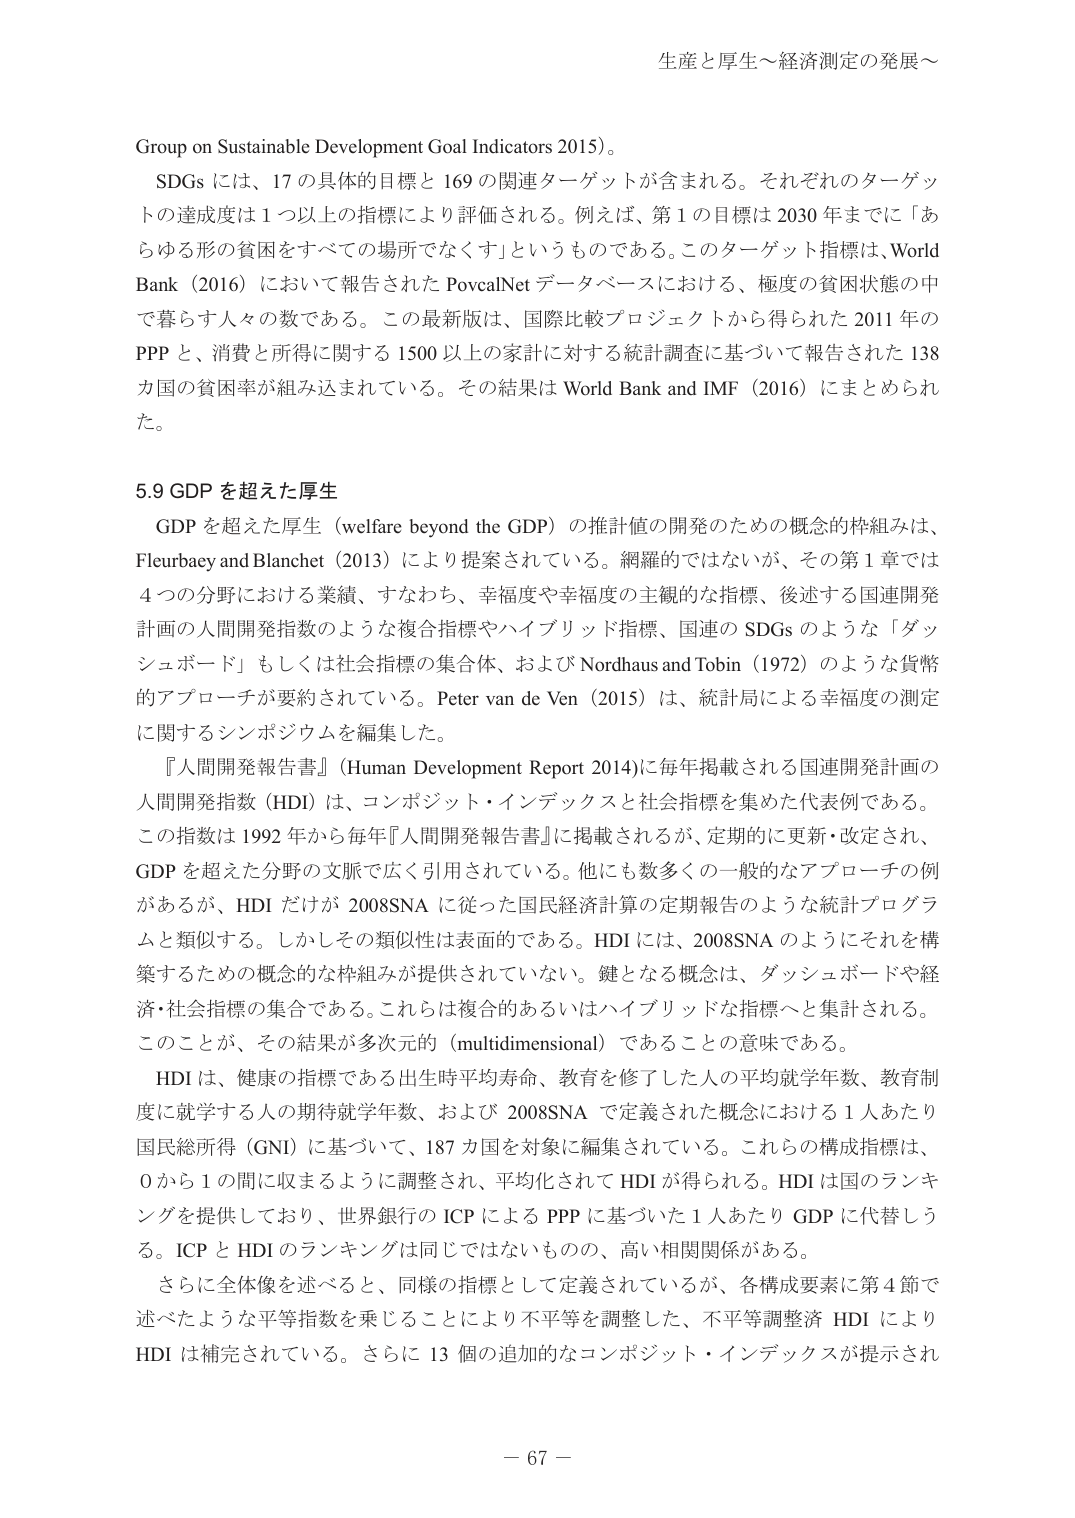
生産と厚生～経済測定の発展～

Group on Sustainable Development Goal Indicators 2015）。

SDGs には、17 の具体的目標と 169 の関連ターゲットが含まれる。それぞれのターゲットの達成度は 1 つ以上の指標により評価される。例えば、第 1 の目標は 2030 年までに「あらゆる形の貧困をすべての場所でなくす」というものである。このターゲット指標は、World Bank（2016）において報告された PovcalNet データベースにおける、極度の貧困状態の中で暮らす人々の数である。この最新版は、国際比較プロジェクトから得られた 2011 年の PPP と、消費と所得に関する 1500 以上の家計に対する統計調査に基づいて報告された 138 カ国の貧困率が組み込まれている。その結果は World Bank and IMF（2016）にまとめられた。

5.9 GDP を超えた厚生

GDP を超えた厚生（welfare beyond the GDP）の推計値の開発のための概念的枠組みは、Fleurbaey and Blanchet（2013）により提案されている。網羅的ではないが、その第 1 章では 4 つの分野における業績、すなわち、幸福度や幸福度の主観的な指標、後述する国連開発計画の人間開発指数のような複合指標やハイブリッド指標、国連の SDGs のような「ダッシュボード」もしくは社会指標の集合体、および Nordhaus and Tobin（1972）のような貨幣的アプローチが要約されている。Peter van de Ven（2015）は、統計局による幸福度の測定に関するシンポジウムを編集した。

『人間開発報告書』（Human Development Report 2014）に毎年掲載される国連開発計画の人間開発指数（HDI）は、コンポジット・インデックスと社会指標を集めた代表例である。この指数は 1992 年から毎年『人間開発報告書』に掲載されるが、定期的に更新・改定され、GDP を超えた分野の文脈で広く引用されている。他にも数多くの一般的なアプローチの例があるが、HDI だけが 2008SNA に従った国民経済計算の定期報告のような統計プログラムと類似する。しかしその類似性は表面的である。HDI には、2008SNA のようにそれを構築するための概念的な枠組みが提供されていない。鍵となる概念は、ダッシュボードや経済・社会指標の集合である。これらは複合的あるいはハイブリッドな指標へと集計される。このことが、その結果が多次元的（multidimensional）であることの意味である。

HDI は、健康の指標である出生時平均寿命、教育を修了した人の平均就学年数、教育制度に就学する人の期待就学年数、および 2008SNA で定義された概念における 1 人あたり国民総所得（GNI）に基づいて、187 カ国を対象に編集されている。これらの構成指標は、0 から 1 の間に収まるように調整され、平均化されて HDI が得られる。HDI は国のランキングを提供しており、世界銀行の ICP による PPP に基づいた 1 人あたり GDP に代替しうる。ICP と HDI のランキングは同じではないものの、高い相関関係がある。

さらに全体像を述べると、同様の指標として定義されているが、各構成要素に第 4 節で述べたような平等指数を乗じることにより不平等を調整した、不平等調整済 HDI により HDI は補完されている。さらに 13 個の追加的なコンポジット・インデックスが提示され

－ 67 －